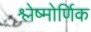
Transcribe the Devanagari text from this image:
श्लेष्मोर्णिक